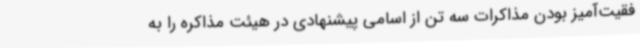
فقیت‌آمیز بودن مذاکرات سه تن از اسامی پیشنهادی در هیئت مذاکره را به